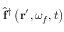
\hat { \mathbf { f } } ^ { \dagger } \left( \mathbf { r } ^ { \prime } , \omega _ { f } , t \right)